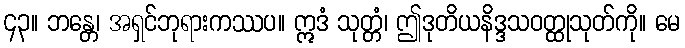
၄၃။ ဘန္တေ၊ အရှင်ဘုရားကဿပ။ ဣဒံ သုတ္တံ၊ ဤဒုတိယနိဒ္ဒသဝတ္ထုသုတ်ကို။ မေ